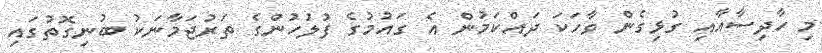
މި ހާދިސާއާއި ގުޅިގެން ވާހަކަ ދައްކަމުން އެ ގައުމުގެ ފުލުހުންގެ ތަރުޖަމާނަކު ބުނިގޮތުގައި